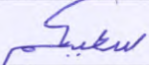
سعيكم